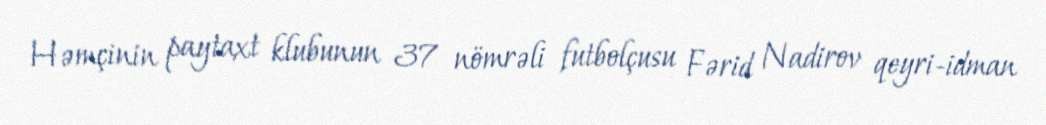
Həmçinin paytaxt klubunun 37 nömrəli futbolçusu Fərid Nadirov qeyri-idman